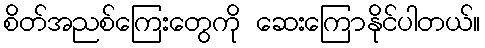
စိတ်အညစ်ကြေးတွေကို ဆေးကြောနိုင်ပါတယ်။